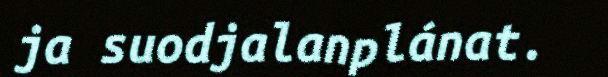
ja suodjalanplánat.